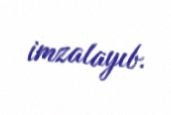
imzalayıb.